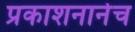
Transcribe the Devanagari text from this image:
प्रकाशनानेच